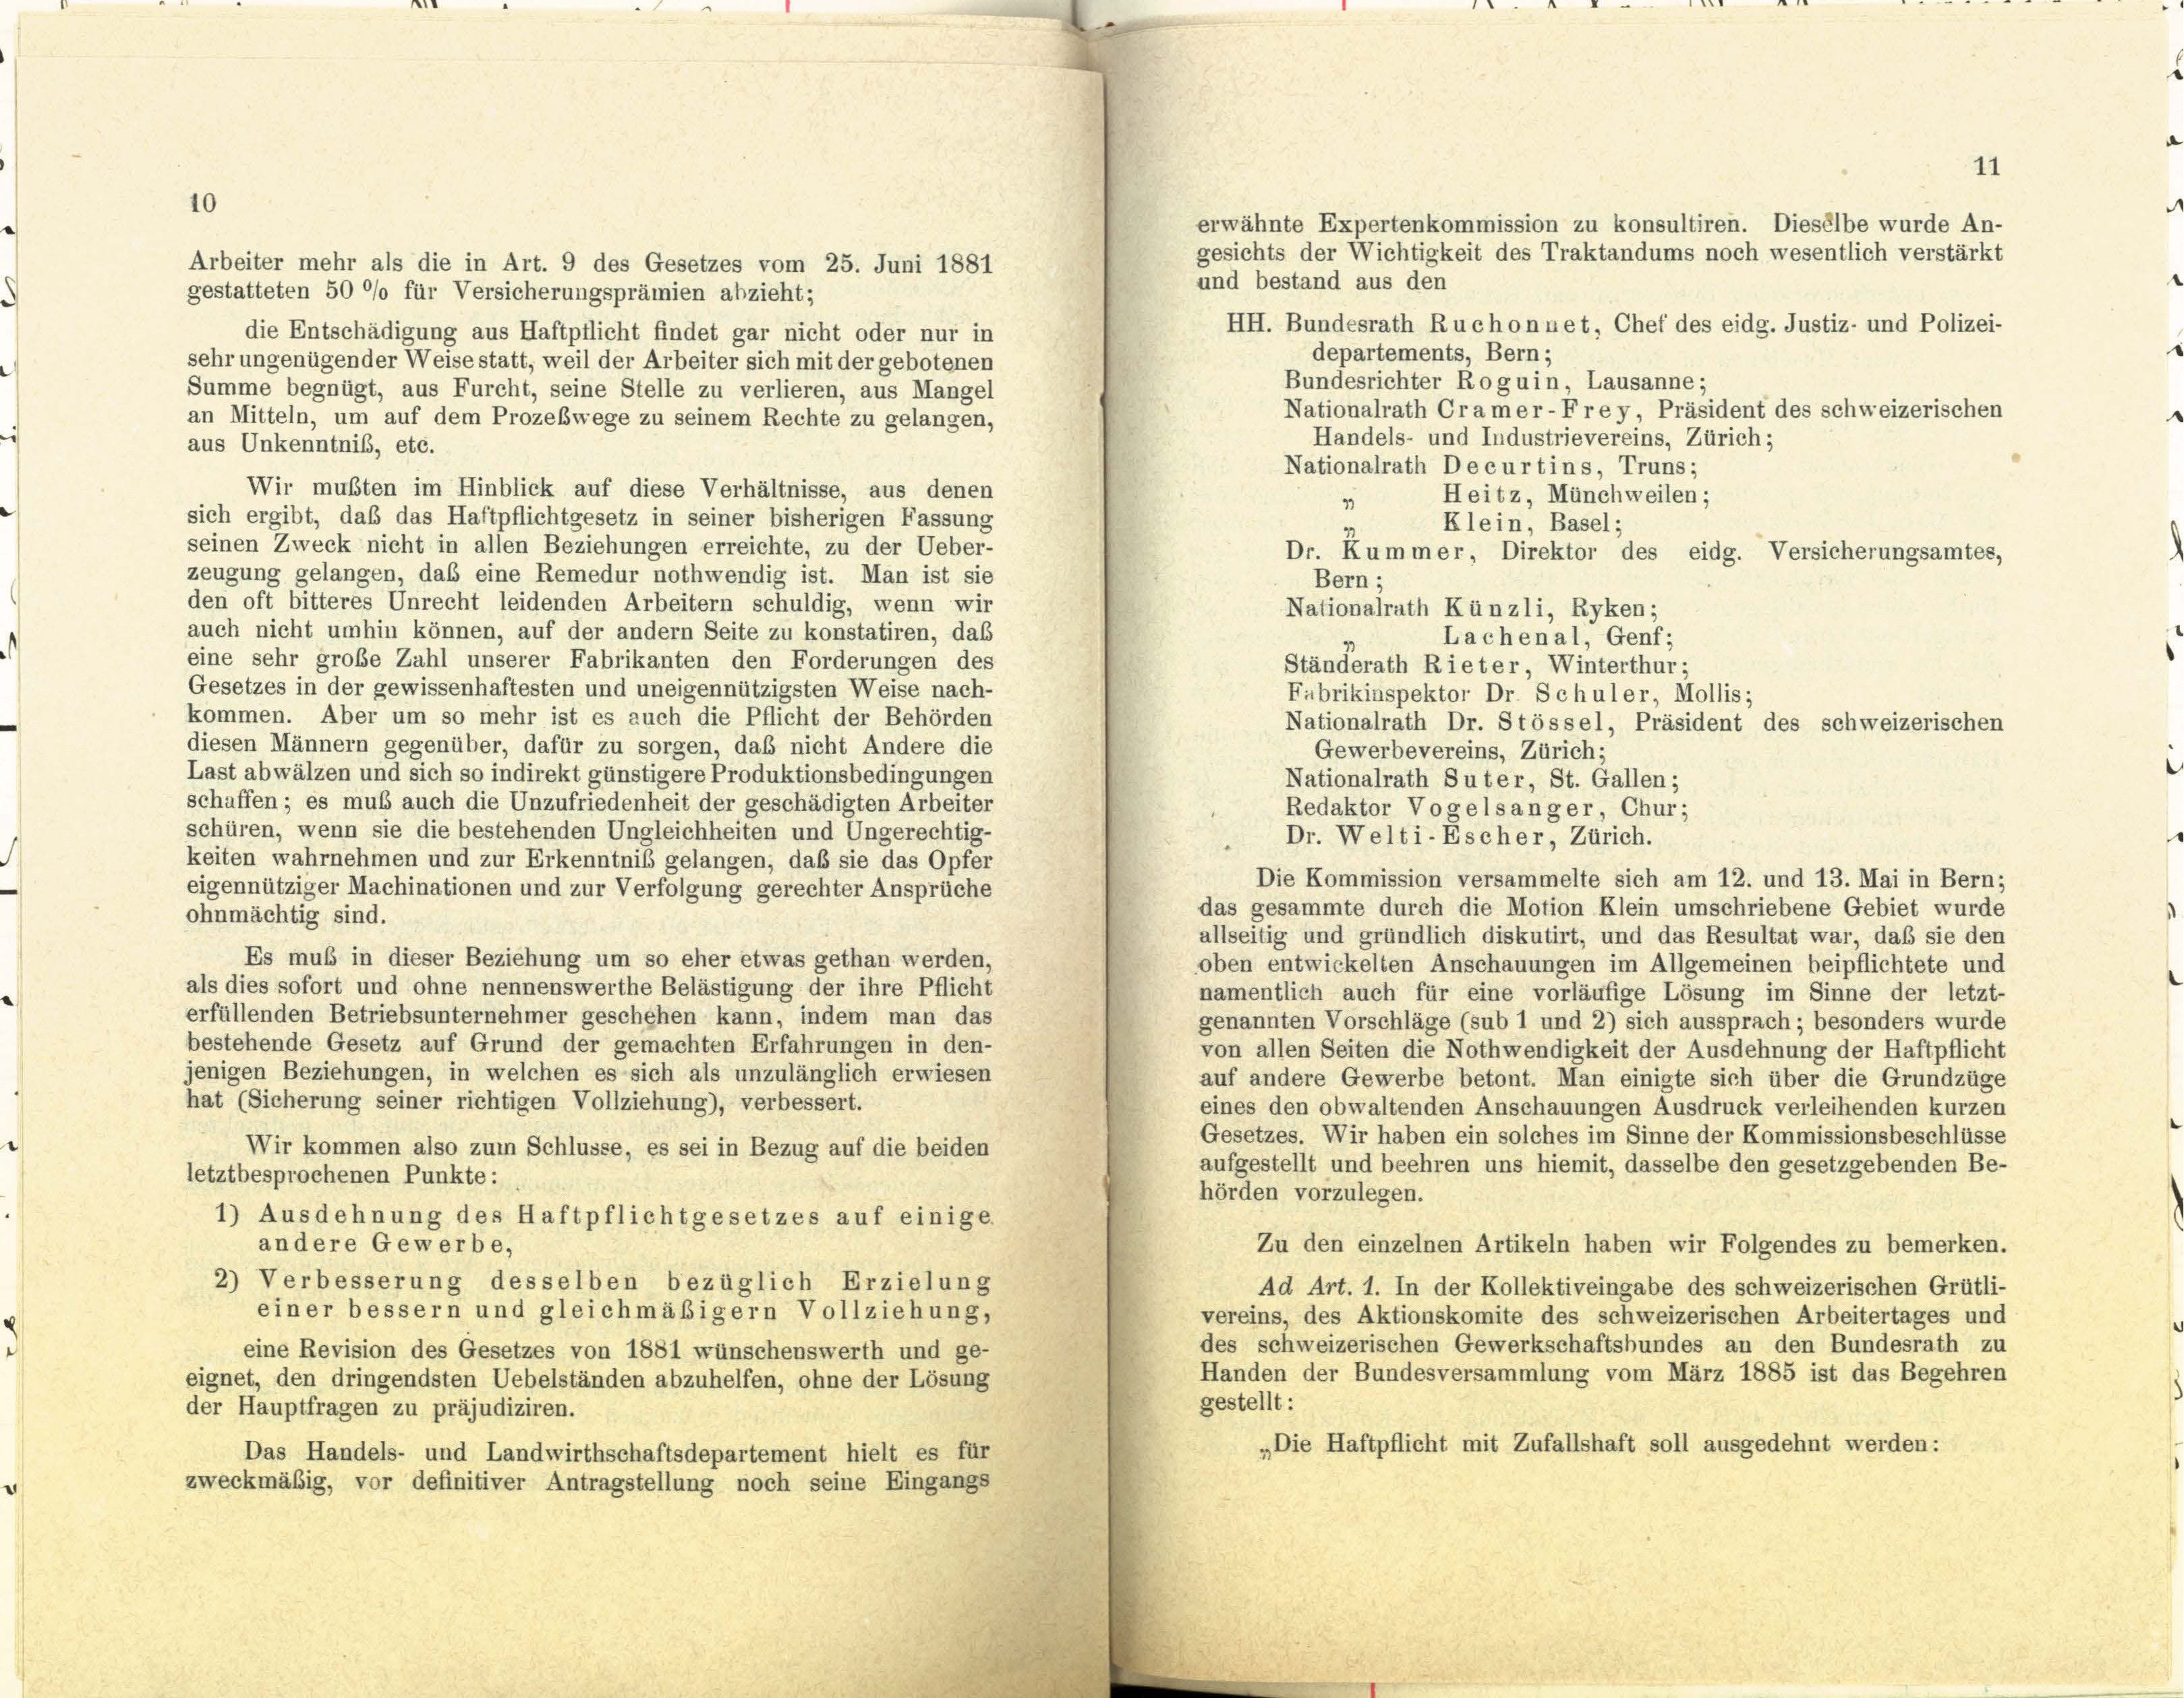
Arbeiter mehr als die in Art. 9 des Gesetzes vom 25. Juni 1881
gestatteten 50 % für Versicherungsprämien abzieht;

erwähnte Expertenkommission zu konsultiren. Dieselbe wurde An-
gesichts der Wichtigkeit des Traktandums noch wesentlich verstärkt
und bestand aus den
HH. Bundesrath Ruchonnet, Chef des eidg. Justiz- und Polizei-
die Entschädigung aus Haftpflicht findet gar nicht oder nur in
departements, Bern;
sehr ungenügender Weise statt, weil der Arbeiter sich mit der gebotenen
Bundesrichter Roguin, Lausanne;
Summe begnügt, aus Furcht, seine Stelle zu verlieren, aus Mangel
Nationalrath Cramer-Frey, Präsident des schweizerischen
an Mitteln, um auf dem Prozeßwege zu seinem Rechte zu gelangen,
Handels- und Industrievereins, Zürich;
aus Unkenntnis, etc.
Nationalrath Decurtins, Truns;
Wir mußten im Hinblick auf diese Verhältnisse, aus denen
Heitz, Münchweilen;
1
sich ergibt, daß das Haftpflichtgesetz in seiner bisherigen Fassung
Klein, Basel:
seinen Zweck nicht in allen Beziehungen erreichte, zu der Ueber-
Dr. Kummer, Direktor des eidg. Versicherungsamtes,
zeugung gelangen, daß eine Remedur nothwendig ist. Man ist sie
Bern;
den oft bitteres Unrecht leidenden Arbeitern schuldig, wenn wir
Nationalrath Künzli, Ryken;
auch nicht umhin können, auf der andern Seite zu konstatiren, das
Lachenal, Genf;
eine sehr große Zahl unserer Fabrikanten den Forderungen des
Ständerath Rieter Winterthur;
Gesetzes in der gewissenhaftesten und uneigennützigsten Weise nach-
Fabrikinspektor Dr. Schuler, Mollis;
kommen. Aber um so mehr ist es auch die Pflicht der Behörden
Nationalrath Dr. Stössel, Präsident des schweizerischen
diesen Männern gegenüber, dafür zu sorgen, daß nicht Andere die
Gewerbevereins, Zürich;
Last abwälzen und sich so indirekt günstigere Produktionsbedingungen
Nationalrath Suter, St. Gallen;
schaffen; es muß auch die Unzufriedenheit der geschädigten Arbeiter
Redaktor Vogelsanger, Chur;
schüren, wenn sie die bestehenden Ungleichheiten und Ungerechtig-
Dr. Welti-Escher, Zürich.
keiten wahrnehmen und zur Erkenntniß gelangen, daß sie das Opfer
Die Kommission versammelte sich am 12. und 13. Mai in Bern;
eigennütziger Machinationen und zur Verfolgung gerechter Ansprüche
das gesammte durch die Motion Klein umschriebene Gebiet wurde
ohnmächtig sind.
allseitig und gründlich diskutirt, und das Resultat war, daß sie den
Es muß in dieser Beziehung um so eher etwas gethan werden,
oben entwickelten Anschauungen im Allgemeinen beipflichtete und
als dies sofort und ohne nennenswerthe Belästigung der ihre Pflicht
namentlich auch für eine vorläufige Lösung im Sinne der letzt-
erfüllenden Betriebsunternehmer geschehen kann, indem man das
genannten Vorschläge (sub 1 und 2) sich aussprach; besonders wurde
bestehende Gesetz auf Grund der gemachten Erfahrungen in den-
von allen Seiten die Nothwendigkeit der Ausdehnung der Haftpflicht
jenigen Beziehungen, in welchen es sich als unzulänglich erwiesen
auf andere Gewerbe betont. Man einigte sich über die Grundzüge
hat (Sicherung seiner richtigen Vollziehung), verbessert.
eines den obwaltenden Anschauungen Ausdruck verleihenden kurzen
Gesetzes. Wir haben ein solches im Sinne der Kommissionsbeschlüsse
Wir kommen also zum Schlüsse, es sei in Bezug auf die beiden
aufgestellt und beehren uns hiemit, dasselbe den gesetzgebenden Be-
letztbesprochenen Punkte:
hörden vorzulegen.
1) Ausdehnung des Haftpflichtgesetzes auf einige.
andere Gewerbe,
Zu den einzelnen Artikeln haben wir Folgendes zu bemerken.
2) Verbesserung desselben bezüglich Erzielung
Ad Art. 1. In der Kollektiveingabe des schweizerischen Grütli-
einer bessern und gleichmäßigern Vollziehung,
vereins, des Aktionskomite des schweizerischen Arbeitertages und
des schweizerischen Gewerkschaftsbundes an den Bundesrath zu
eine Revision des Gesetzes von 1881 wünschenswerth und ge-
Handen der Bundesversammlung vom März 1885 ist das Begehren
eignet, den dringendsten Uebelständen abzuhelfen, ohne der Lösung
gestellt:
der Hauptfragen zu präjudiziren.
„Die Haftpflicht mit Zufallshaft soll ausgedehnt werden:
Das Handels- und Landwirthschaftsdepartement hielt es für
zweckmäßig, vor definitiver Antragstellung noch seine Eingangs

10

11